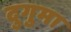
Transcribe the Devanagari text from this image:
दुगुमा